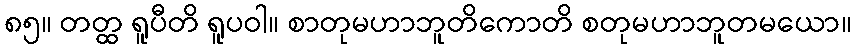
၈၅။ တတ္ထ ရူပီတိ ရူပဝါ။ စာတုမဟာဘူတိကောတိ စတုမဟာဘူတမယော။